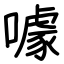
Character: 噱